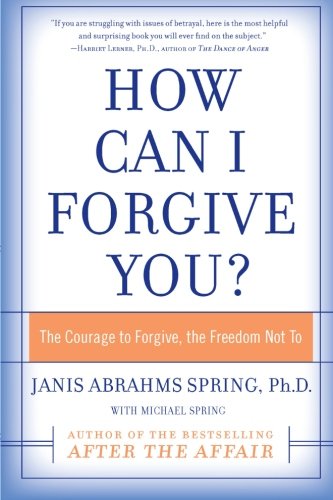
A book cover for How Can I Forgive You?: The Courage to Forgive, the Freedom Not To; Janis A. Spring; Health, Fitness & Dieting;